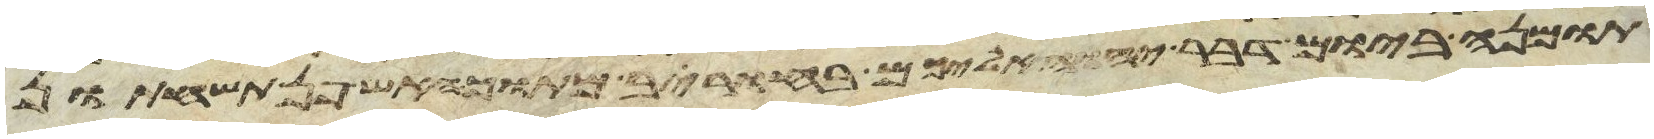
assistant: תמונה ביום דבר יהוה אליכם בחורב מתוך האש פן תשחתון